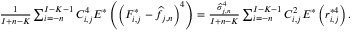
\begin{array} { r } { \frac { 1 } { I + n - K } \sum _ { i = - n } ^ { I - K - 1 } C _ { i , j } ^ { 4 } E ^ { * } \left( \left( F _ { i , j } ^ { * } - \widehat f _ { j , n } \right) ^ { 4 } \right) = \frac { \widehat \sigma _ { j , n } ^ { 4 } } { I + n - K } \sum _ { i = - n } ^ { I - K - 1 } C _ { i , j } ^ { 2 } E ^ { * } \left( r _ { i , j } ^ { * 4 } \right) . } \end{array}